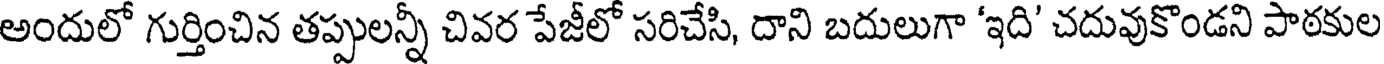
అందులో గుర్తించిన తప్పులన్నీ చివర పేజీలో సరిచేసి, దాని బదులుగా 'ఇది' చదువుకొండని పాఠకుల